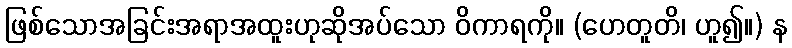
ဖြစ်သောအခြင်းအရာအထူးဟုဆိုအပ်သော ဝိကာရကို။ (ဟေတူတိ၊ ဟူ၍။) န